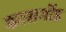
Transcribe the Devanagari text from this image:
कासर्गोड